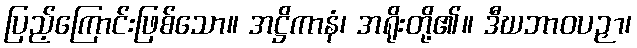
ပြည့်ကြောင်းဖြစ်သော။ အဋ္ဌိကာနံ၊ အရိုးတို့၏။ ဒီဃဘာဝပဉှာ၊